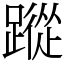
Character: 蹤